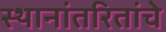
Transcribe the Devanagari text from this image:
स्थानांतरितांचे